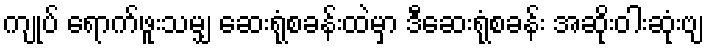
ကျုပ် ရောက်ဖူးသမျှ ဆေးရုံစခန်းထဲမှာ ဒီဆေးရုံစခန်း အဆိုးဝါးဆုံးဗျ